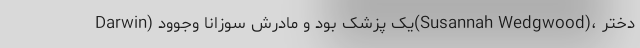
Darwin) یک پزشک بود و مادرش سوزانا وجوود(Susannah Wedgwood)، دختر